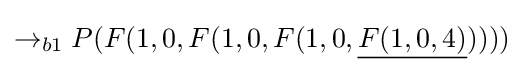
\rightarrow _{b1}P(F(1,0,F(1,0,F(1,0,{\underline {F(1,0,4)}}))))